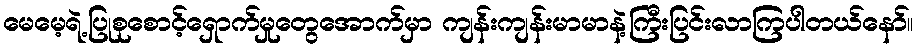
မေမေ့ရဲ့ပြုစုစောင့်ရှောက်မှုတွေအောက်မှာ ကျန်းကျန်းမာမာနဲ့ကြီးပြင်းလာကြပါတယ်နော်။